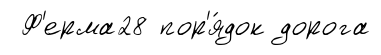
Ф'ерма28 пор'я́док дорога